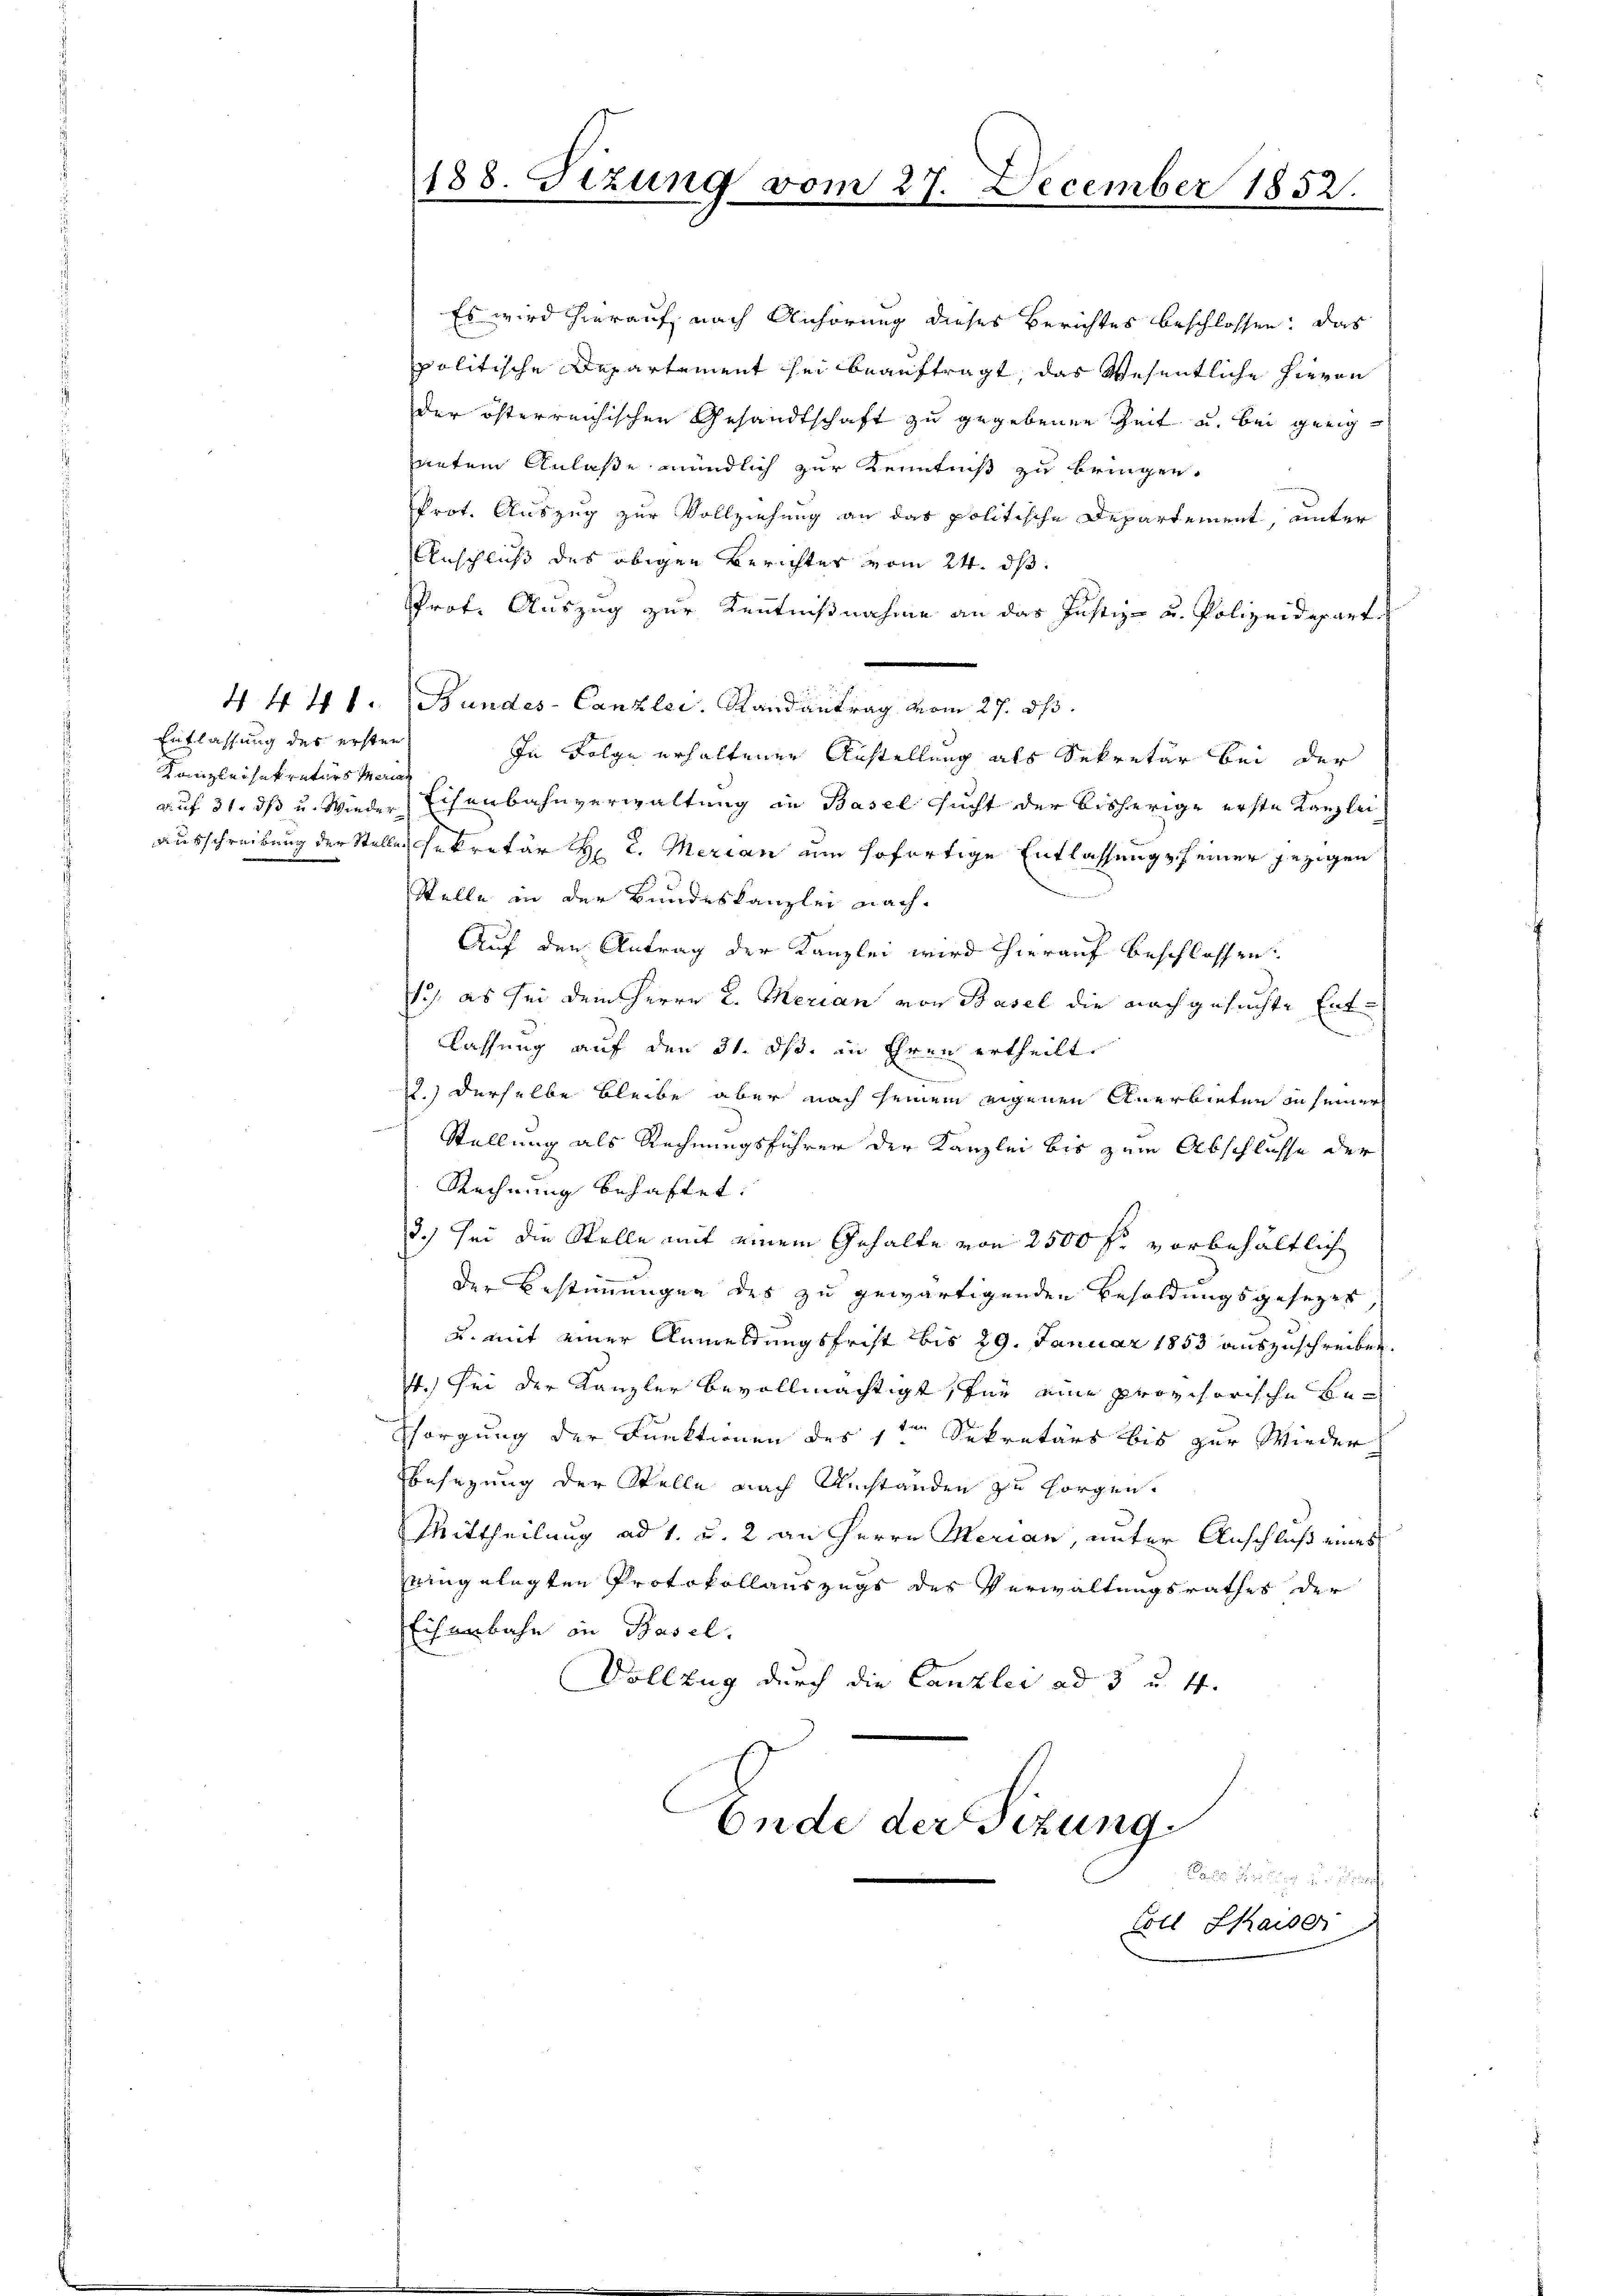
Entlassung des ersten
Kanzleisekretärs Mariel

188. Fizung vom 27. December 1852.

Es wird hierauf, nach Anhörung dieses Berichtes beschlossen: das
politische Departement sei beauftragt, das Wesentliche hievon
der österreichischen Gesandtschaft zu gegebenen Zeit u. bei geeigntem Anlaße mündlich zur Kenntniß zu bringen.
Prot. Auszug zur Vollziehung an das politische Departement, unter
Anschluß des obigen Berichtes vom 24. ds.
Prot. Auszug zur Kenntnißnahme an das Justiz- u. Polizeideparte
4 441. Bundes-Canzlei. Randantrag vom 27. ds.
In Folge erhaltener Anstellung als Sekretär bei der
auf 31. ds u. Wieder Eisenbahnverwaltung in Basel sucht der bisherige erste Kanzlei
ausschreibung der Stelle sekretär H. L. Merian um sofertige Entlassung seiner jezigen
Stelle in der Bundeskanzlei nach¬
Auf den Antrag der Kanzlei wird hierauf beschlossen:
1) es sei dem Herrn L. Merian von Basel die nachgesuchte Entlassung auf den 31. ds. in Ehren ertheilt.
2.) Derselbe Bleibe aber nach seinem eigenen Anerbieten in seiner
Stellung als Rechnungsführer der Kanzlei bis zum Abschlusse der
Rechnung behaftet:
3.) Sei die Stelle mit einem Gehalte von 2500 fl. vorbehältlich
der Bestimmungen des zu gewärtigenden Besoldungsgesezes
u. mit einer Anmeldungsfrist bis 29. Januar 1853 auszuschreiben.
4.) Sei der Kanzler bevollmächtigt, für eine provisorische Besorgung der Funktionen des 1ten Sekretärs bis zur Wieder
Ebesezung der Stelle nach Umständen zu Horgen,
Mittheilung ad 1. u. 2 an Herrn Merian, unter Anschluß eines
eingelegten Protokollauszugs des Verwaltungsrathes der
Eisenbahn in Basel.
Vollzug durch die Canzlei ad 3 u. 4.
Ende der Sizung.
Des nur zu tref

Cöll Chaiser